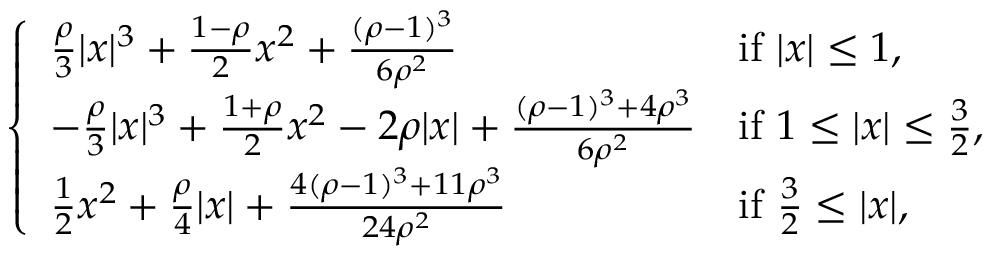
\left\{ \begin{array} { l l } { \frac { \rho } { 3 } | x | ^ { 3 } + \frac { 1 - \rho } { 2 } x ^ { 2 } + \frac { ( \rho - 1 ) ^ { 3 } } { 6 \rho ^ { 2 } } } & { \mathrm { i f ~ } | x | \leq 1 , } \\ { - \frac { \rho } { 3 } | x | ^ { 3 } + \frac { 1 + \rho } { 2 } x ^ { 2 } - 2 \rho | x | + \frac { ( \rho - 1 ) ^ { 3 } + 4 \rho ^ { 3 } } { 6 \rho ^ { 2 } } } & { \mathrm { i f ~ } 1 \leq | x | \leq \frac { 3 } { 2 } , } \\ { \frac { 1 } { 2 } x ^ { 2 } + \frac { \rho } { 4 } | x | + \frac { 4 ( \rho - 1 ) ^ { 3 } + 1 1 \rho ^ { 3 } } { 2 4 \rho ^ { 2 } } } & { \mathrm { i f ~ } \frac { 3 } { 2 } \leq | x | , } \end{array} \right.